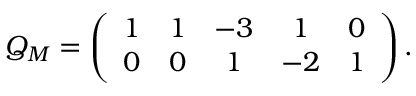
Q _ { \cal M } = \left( \begin{array} { c c c c c } { { 1 } } & { { 1 } } & { { - 3 } } & { { 1 } } & { { 0 } } \\ { { 0 } } & { { 0 } } & { { 1 } } & { { - 2 } } & { { 1 } } \end{array} \right) .